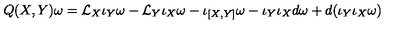
Q ( X , Y ) \omega = { \cal L } _ { X } \iota _ { Y } \omega - { \cal L } _ { Y } \iota _ { X } \omega - \iota _ { [ X , Y ] } \omega - \iota _ { Y } \iota _ { X } d \omega + d ( \iota _ { Y } \iota _ { X } \omega )